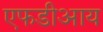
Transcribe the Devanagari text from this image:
एफडीआय